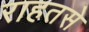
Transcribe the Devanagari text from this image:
राहतसे